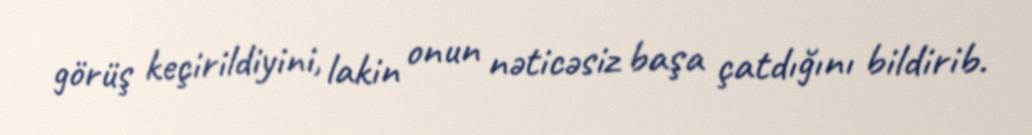
görüş keçirildiyini, lakin onun nəticəsiz başa çatdığını bildirib.